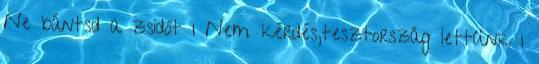
Ne bántsd a zsidót 1 Nem kérdés,tesztország lettünk 1